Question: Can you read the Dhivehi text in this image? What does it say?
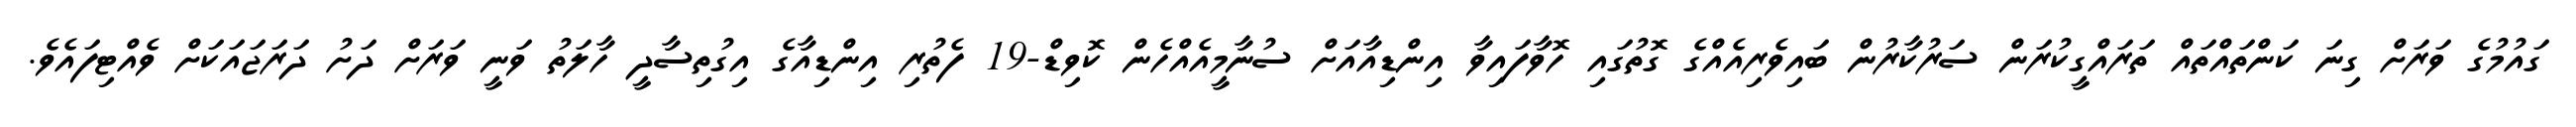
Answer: ގައުމުގެ ވަރަށް ގިނަ ކަންތައްތައް ތަރައްގީކުރަން ސަރުކާރުން ބައިވެރިއެއްގެ ގޮތުގައި ހޮވާފައިވާ އިންޑިއާއަށް ސުނާމީއެއްހެން ކޮވިޑް-19 ފެތުރި އިންޑިއާގެ އިގުތިސާދީ ހާލަތު ވަނީ ވަރަށް ދަށު ދަރަޖައަކަށް ވެއްޓިފައެވެ.